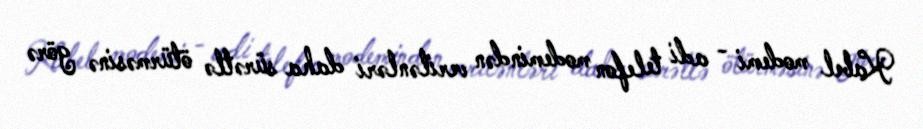
Kabel modemi - adi telefon modemindən verilənləri daha sürətlə ötürməsinə görə